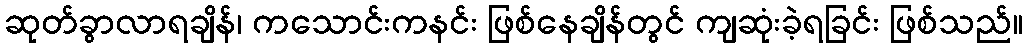
ဆုတ်ခွာလာရချိန်၊ ကသောင်းကနင်း ဖြစ်နေချိန်တွင် ကျဆုံးခဲ့ရခြင်း ဖြစ်သည်။